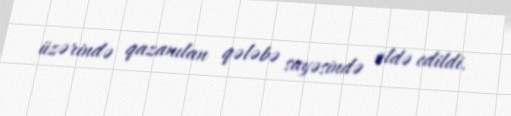
üzərində qazanılan qələbə sayəsində əldə edildi.